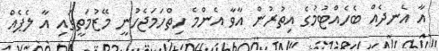
އާ އެނދެއް ބެހެއްޓުމުގެ އިތުރުން އާވާ އެންމެ ހިތްހަމަޖެހުނީ މޭޒުމަތީގައި އާ ލެޕެއް